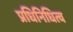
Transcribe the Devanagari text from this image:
प्रधिनिधित्व